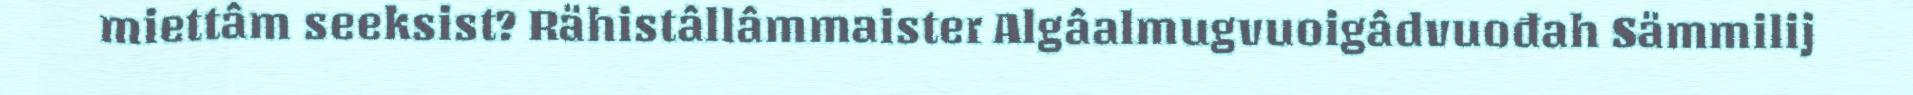
miettâm seeksist? Rähistâllâmmaister Algâalmugvuoigâdvuođah Sämmilij